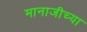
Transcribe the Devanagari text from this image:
मानाजीच्या